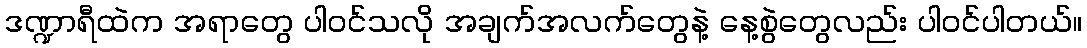
ဒဏ္ဍာရီထဲက အရာတွေ ပါဝင်သလို အချက်အလက်တွေနဲ့ နေ့စွဲတွေလည်း ပါဝင်ပါတယ်။